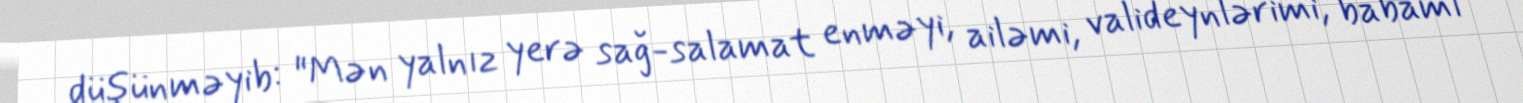
düşünməyib: "Mən yalnız yerə sağ-salamat enməyi, ailəmi, valideynlərimi, babamı